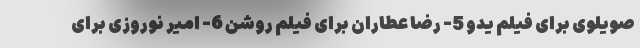
صویلوی برای فیلم یدو 5- رضا عطاران برای فیلم روشن 6- امیر نوروزی برای